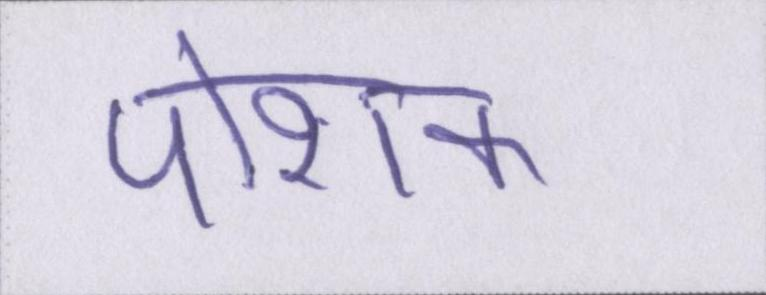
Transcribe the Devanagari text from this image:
पोशक